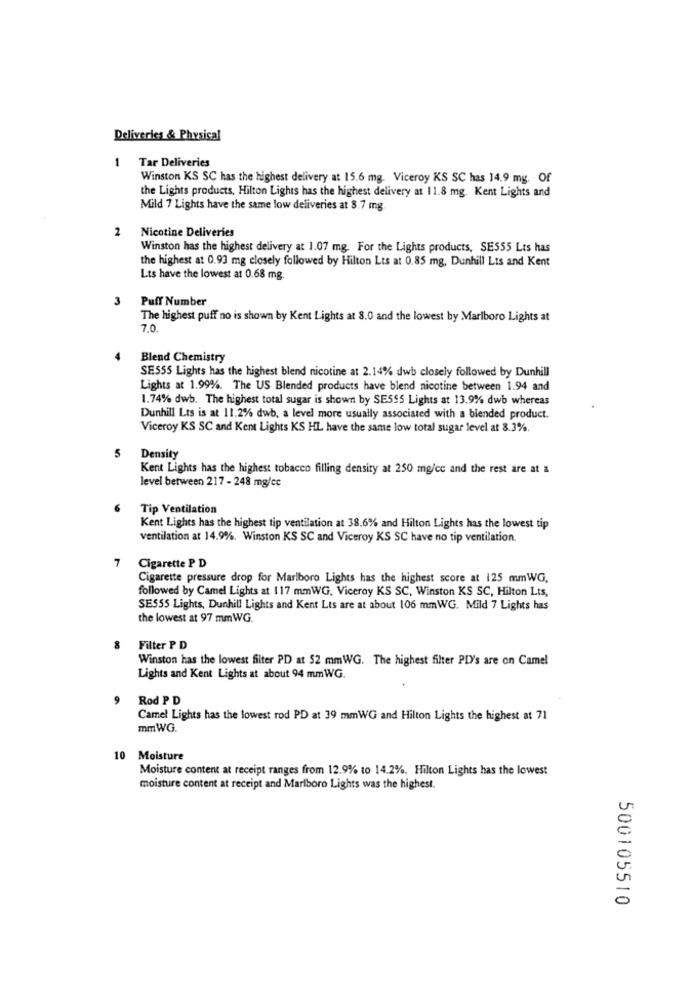
Deliveries & Physical
1
Tar Deliveries
Winston KS SC has the highest delivery at 15.6 mg. Viceroy KS SC has 14.9 mg. Of
the Lights products, Hilton Lights has the highest delivery at 11.8 mg. Kent Lights and
Mild 7 Lights have the same low deliveries at 8.7 mg
2 Nicotine Deliveries
Winston has the highest delivery at 1.07 mg. For the Lights products, SE555 Lts has
the highest at 0.93 mg closely followed by Hilton Lts at 0.85 mg, Dunhill Lts and Kent
Lts have the lowest at 0.68 mg.
3
Puff Number
The highest puff no is shown by Kent Lights at 8.0 and the lowest by Marlboro Lights at
7.0
Blend Chemistry
SE555 Lights has the highest blend nicotine at 2.14% dwb closely followed by Dunhill
Lights at 1.99%. The US Blended products have blend nicotine between 1.94 and
1.74% dwb. The highest total sugar is shown by SE555 Lights at 13.9% dwb whereas
Dunhill Lts is at 11.2% dwb, a level more usually associated with a blended product.
Viceroy KS SC and Kent Lights KS HL have the same low total sugar level at 8.3%.
5
Density
Kent Lights has the highest tobacco filling density at 250 mg/cc and the rest are at a
level between 217 - 248 mg/cc
Tip Ventilation
Kent Lights has the highest tip ventilation at 38.6% and Hilton Lights has the lowest tip
ventilation at 14.9%. Winston KS SC and Viceroy KS SC have no tip ventilation.
7
Cigarette P D
Cigarette pressure drop for Marlboro Lights has the highest score at 125 mmWG,
followed by Camel Lights at 117 mmWG, Viceroy KS SC, Winston KS SC, Hilton Lts,
SES55 Lights, Dunhill Lights and Kent Lts are at about 106 mmWG. Mild 7 Lights has
the lowest at 97 mmWG.
8
Filter P D
Winston has the lowest filter PD at 52 mmWG. The highest filter PD's are on Camel
Lights and Kent Lights at about 94 mmWG.
Rod P D
Camel Lights has the lowest rod PD at 39 mmWG and Hilton Lights the highest at 71
mmWG.
10 Moisture
Moisture content at receipt ranges from 12.9% to 14.2%. Hilton Lights has the lowest
moisture content at receipt and Marlboro Lights was the highest.
500105510